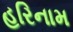
હરિનામ